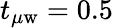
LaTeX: t_{\mu\mathrm{w}}=0.5